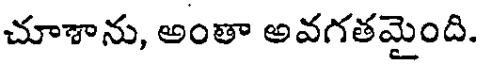
చూశాను, అంతా అవగతమైంది.